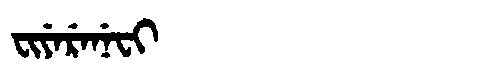
Manchu: ᠸᡳᠶᡝᡵᡝᠨᡝᠸᡳ
Romanization: FIYERENEFI